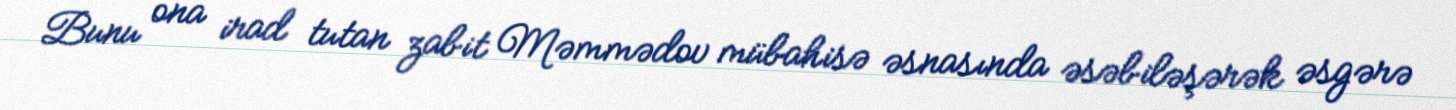
Bunu ona irad tutan zabit Məmmədov mübahisə əsnasında əsəbiləşərək əsgərə